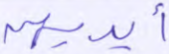
أيديهن